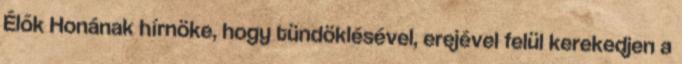
Élők Honának hírnöke, hogy tündöklésével, erejével felül kerekedjen a